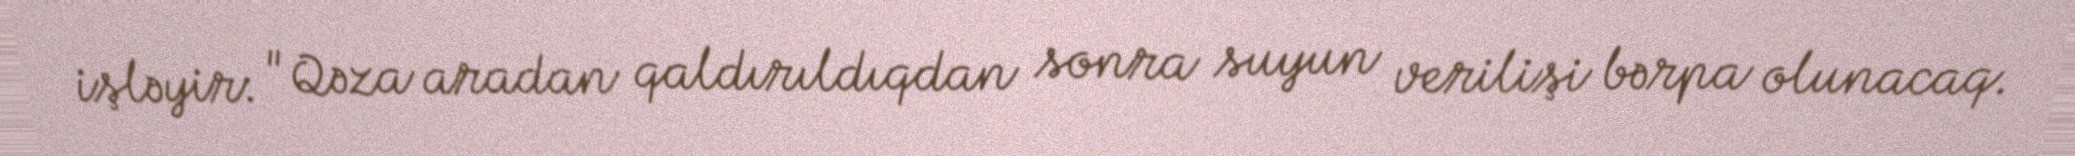
işləyir: "Qəza aradan qaldırıldıqdan sonra suyun verilişi bərpa olunacaq.